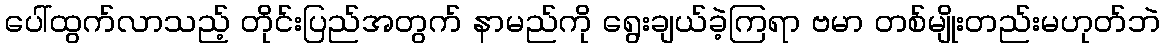
ပေါ်ထွက်လာသည့် တိုင်းပြည်အတွက် နာမည်ကို ရွေးချယ်ခဲ့ကြရာ ဗမာ တစ်မျိုးတည်းမဟုတ်ဘဲ